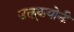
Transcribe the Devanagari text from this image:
उलूकयोनी